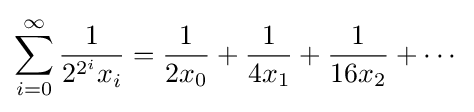
\sum _{i=0}^{\infty }{\frac {1}{2^{2^{i}}x_{i}}}={\frac {1}{2x_{0}}}+{\frac {1}{4x_{1}}}+{\frac {1}{16x_{2}}}+\cdots